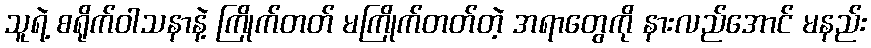
သူရဲ့ စရိုက်ဝါသနာနဲ့ ကြိုက်တတ် မကြိုက်တတ်တဲ့ အရာတွေကို နားလည်အောင် မနည်း